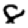
Digit: 8